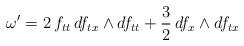
LaTeX: \begin{align*}\omega' = 2 \, f_{tt} \, d f_{tx} \wedge d f_{tt} + \frac{3}{2} \, d f_{x} \wedge d f_{tx}\end{align*}